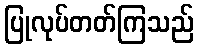
ပြုလုပ်တတ်ကြသည်